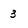
Character: 3